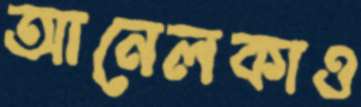
আনেলকাও